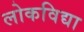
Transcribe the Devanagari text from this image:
लोकविद्या